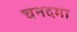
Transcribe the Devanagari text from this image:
चनदमा